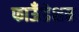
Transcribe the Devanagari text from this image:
फाऊँडेशन